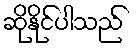
ဆိုနိုင်ပါသည်